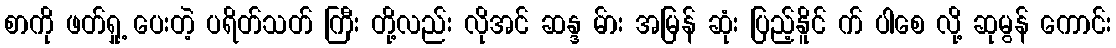
စာကို ဖတ်ရှု့ ပေးတဲ့ ပရိတ်သတ် ကြီး တို့လည်း လိုအင် ဆန္ဒ မ်ား အမြန် ဆုံး ပြည့်နိူင် က် ပါစေ လို့ ဆုမွန် ကောင်း